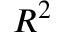
R ^ { 2 }